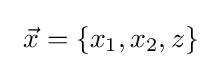
~{\vec {x}}=\{x_{1},x_{2},z\}~